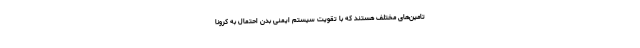
تامین‌های مختلف هستند که با تقویت سیستم ایمنی بدن احتمال به کرونا